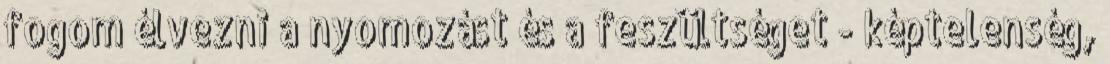
fogom élvezni a nyomozást és a feszültséget - képtelenség,